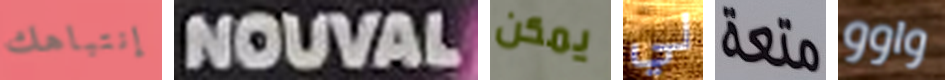
إنتباهك NOUVAL يمكن لي متعة واوو